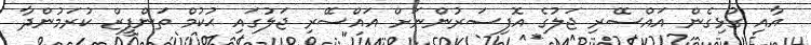
އާއި ގުޅިގެން އައްސޭރި ޖަލުގެ އޮފިސަރުންނަށް އައްސޭރި ޖަލުގައި ޙުކުމް ތަންފީޒް ކުރަމުންދާ